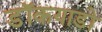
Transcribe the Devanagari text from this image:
डॉकयाडों